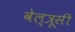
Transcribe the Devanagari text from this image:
वेल्त्रूसी